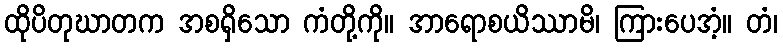
ထိုပိတုဃာတက အစရှိသော ကံတို့ကို။ အာရောစယိဿာမိ၊ ကြားပေအံ့။ တံ၊